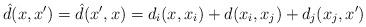
LaTeX: \begin{align*}\hat d(x,x')=\hat d(x',x)=d_i(x,x_i)+d(x_i, x_j)+d_j(x_j, x') \end{align*}